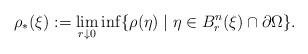
LaTeX: \begin{align*}\rho_*(\xi):=\lim_{r\downarrow0}\inf\{\rho(\eta) \mid \eta\in B^n_r(\xi)\cap\partial\Omega\}.\end{align*}